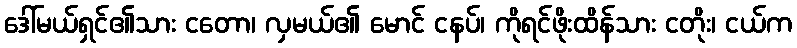
ဒေါ်မယ်ရှင်၏သား ငတော၊ လှမယ်၏ မောင် ငနပ်၊ ကိုရင်ဖိုးထိန်သား ငတိုး၊ ငယ်က